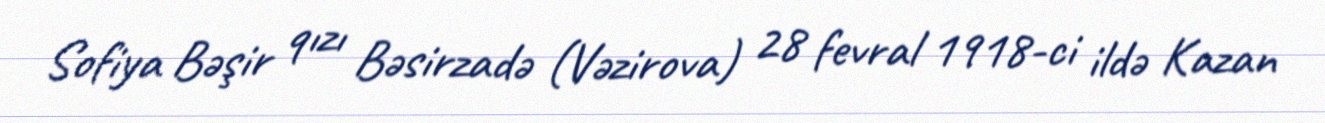
Sofiya Bəşir qızı Bəsirzadə (Vəzirova) 28 fevral 1918-ci ildə Kazan